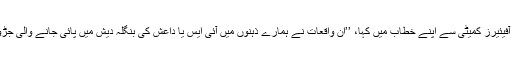
انٹونی بلینکن نے امریکی ہاؤس آف فارن آفیئیرز کمیٹی سے اپنے خطاب میں کہا، ’’ان واقعات نے ہمارے ذہنوں میں آئی ایس یا داعش کی بنگلہ دیش میں پائی جانے والی جڑوں کے بارے میں خدشات بڑھا دیے ہیں۔